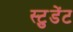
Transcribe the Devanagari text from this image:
स्टु़डेंट